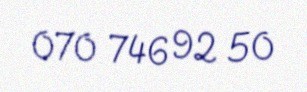
070 746 92 50